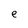
Character: e